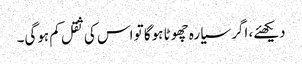
دیکھئے، اگر سیارہ چھوٹا ہوگا تو اس کی ثقل کم ہوگی۔